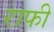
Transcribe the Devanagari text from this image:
राफी